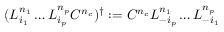
( L _ { i _ { 1 } } ^ { n _ { 1 } } \ldots L _ { i _ { p } } ^ { n _ { p } } C ^ { n _ { c } } ) ^ { \dagger } : = C ^ { n _ { c } } L _ { - i _ { p } } ^ { n _ { 1 } } \ldots L _ { - i _ { 1 } } ^ { n _ { p } }